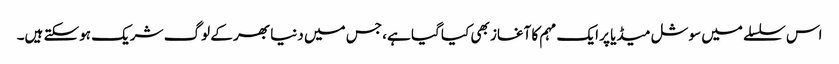
اس سلسلے میں سوشل میڈیا پر ایک مہم کا آغاز بھی کیا گیا ہے، جس میں دنیا بھر کے لوگ شریک ہوسکتے ہیں۔